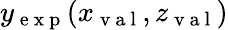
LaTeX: y_{\mathrm{~e~x~p~}}(x_{\mathrm{~v~a~l~}},z_{\mathrm{~v~a~l~}})